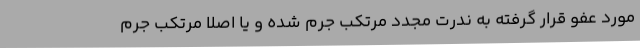
مورد عفو قرار گرفته به ندرت مجدد مرتکب جرم شده و یا اصلا مرتکب جرم